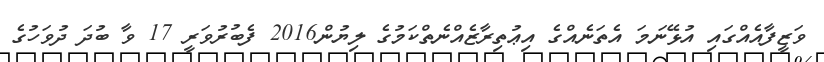
ވަޒީފާއެއްގައި އުޅޭނަމަ އެތަނެއްގެ އިޢުތިރާޒެއްނެތްކަމުގެ ލިޔުން2016 ފެބުރުވަރީ 17 ވާ ބުދަ ދުވަހުގެ